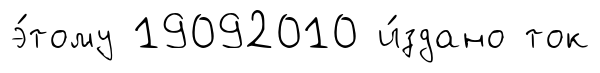
э́тому 19092010 и́здано ток